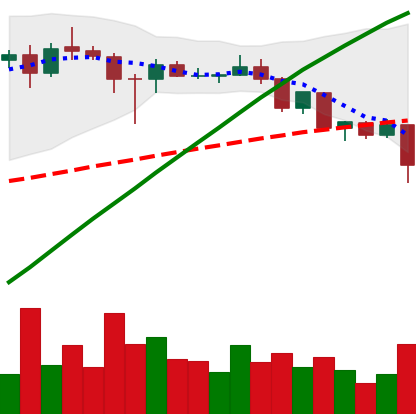
Ticker: ADA-USD
Chart end date: 2020-08-25
Forward return: 3.659%
Label: up_3_5